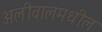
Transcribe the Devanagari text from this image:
अलीवालमधील